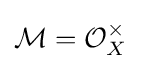
{\mathcal {M}}={\mathcal {O}}_{X}^{\times }